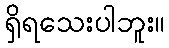
ရှိရသေးပါဘူး။